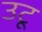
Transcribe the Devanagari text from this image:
उटू